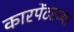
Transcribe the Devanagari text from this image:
कारपेंटरच्या